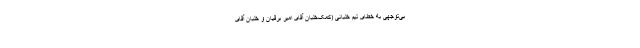
بی‌توجهی به خطای تیم خلبانی (کمک‌خلبان آقای امیر برقیان و خلبان آقای